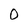
Character: O